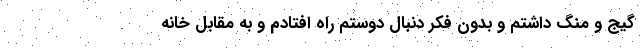
گیج و منگ داشتم و بدون فکر دنبال دوستم راه افتادم و به مقابل خانه